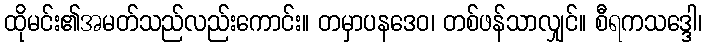
ထိုမင်း၏အမတ်သည်လည်းကောင်း။ တမှာပနဒေဝ၊ တစ်ဖန်သာလျှင်။ စီရကသဒ္ဒေါ၊